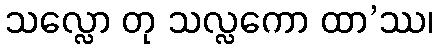
သလ္လော တု သလ္လကော ထာ’ဿ၊